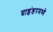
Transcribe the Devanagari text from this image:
ग्राइंडरमध्ये